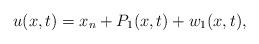
LaTeX: \begin{align*} u(x,t)=x_n + P_1(x,t) + w_1(x,t),\end{align*}